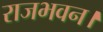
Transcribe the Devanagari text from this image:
राजभवन।